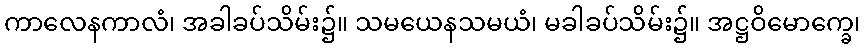
ကာလေနကာလံ၊ အခါခပ်သိမ်း၌။ သမယေနသမယံ၊ မခါခပ်သိမ်း၌။ အဋ္ဌဝိမောက္ခေ၊